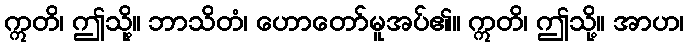
ဣတိ၊ ဤသို့။ ဘာသိတံ၊ ဟောတော်မူအပ်၏။ ဣတိ၊ ဤသို့။ အာဟ၊